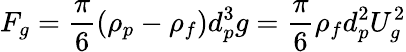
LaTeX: F_{g}=\frac{\pi}{6}(\rho_{p}-\rho_{f})d_{p}^{3}g=\frac{\pi}{6}\rho_{f}d_{p}^{2}U_{g}^{2}